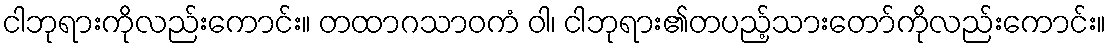
ငါဘုရားကိုလည်းကောင်း။ တထာဂသာဝကံ ဝါ၊ ငါဘုရား၏တပည့်သားတော်ကိုလည်းကောင်း။